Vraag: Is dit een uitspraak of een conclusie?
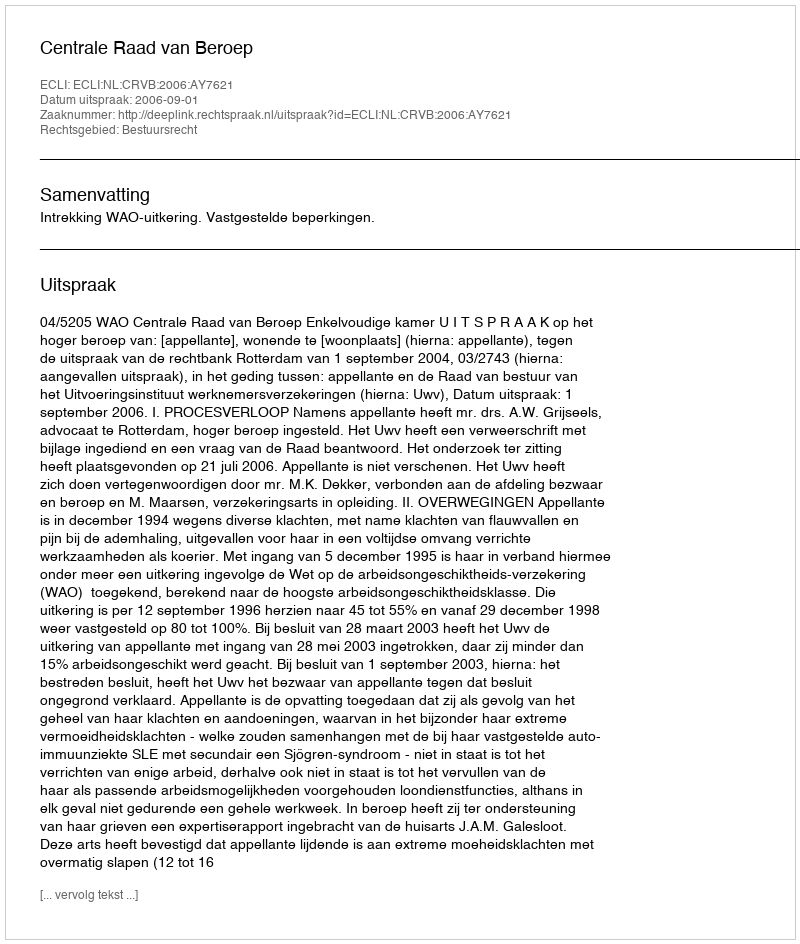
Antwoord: Uitspraak